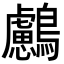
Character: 𪇸